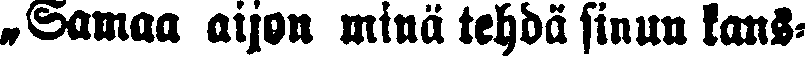
„Samaa aijon minä tehdä sinun kans-